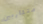
متقاربين